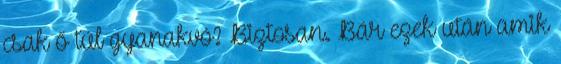
csak ő túl gyanakvó? Biztosan. Bár ezek után amik